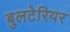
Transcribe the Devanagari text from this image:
बुलटेरियर